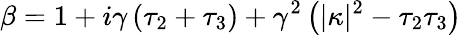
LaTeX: \beta=1+i\gamma\left(\tau_{2}+\tau_{3}\right)+\gamma^{2}\left(|\kappa|^{2}-\tau_{2}\tau_{3}\right)